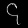
Digit: ၄